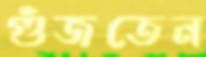
গুঁজতেন